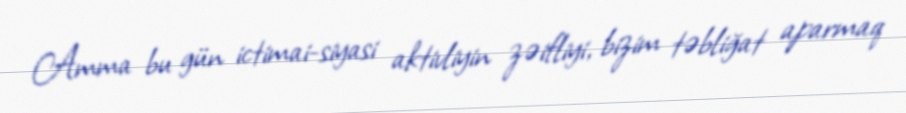
Amma bu gün ictimai-siyasi aktivliyin zəifliyi, bizim təbliğat aparmaq